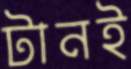
টানই